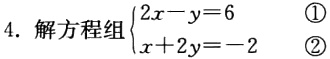
4. 解方程组$\begin{cases}2x - y = 6&\textcircled{1}\\x + 2y = -2&\textcircled{2}\end{cases}$